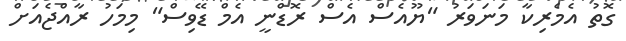
ގޮތު އެމެރިކާ މަނަވަރު "ޔޫއެސް އެސް ރޮޑްނީ އެމް ޑޭވިސް" މިމަހު ރާއްޖެއަށް